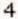
4